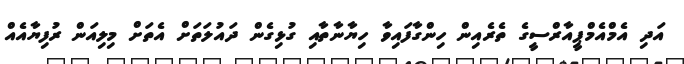
އަދި އެމްއެމްޕީއާރްސީގެ ތެރެއިން ހިންގާފައިވާ ހިޔާނާތާއި ގުޅިގެން ދައުލަތަށް އެތަށް މިލިއަން ރުފިޔާއެއް